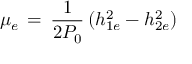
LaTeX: \mu _ { e } \, = \, { \frac { 1 } { 2 P _ { 0 } } } \, ( h _ { 1 e } ^ { 2 } - h _ { 2 e } ^ { 2 } ) \,